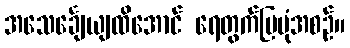
အသေင်္ချေယျထိအောင် ရေတွက်ပြပုံအစဉ်။